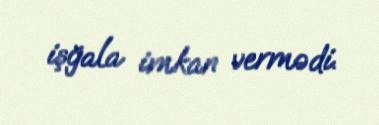
işğala imkan vermədi.